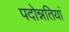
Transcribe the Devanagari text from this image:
पदोन्नतियां